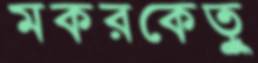
মকরকেতুু